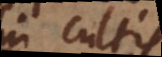
in cultis